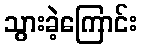
သွားခဲ့ကြောင်း